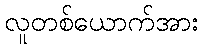
လူတစ်ယောက်အား